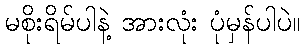
မစိုးရိမ်ပါနဲ့ အားလုံး ပုံမှန်ပါပဲ။